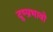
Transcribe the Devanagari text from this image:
दुष्प्रभावो